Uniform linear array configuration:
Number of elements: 4
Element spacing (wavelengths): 0.75
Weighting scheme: exponential
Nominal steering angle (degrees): -60
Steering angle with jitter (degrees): -61.482
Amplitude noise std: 0.05
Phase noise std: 0.05

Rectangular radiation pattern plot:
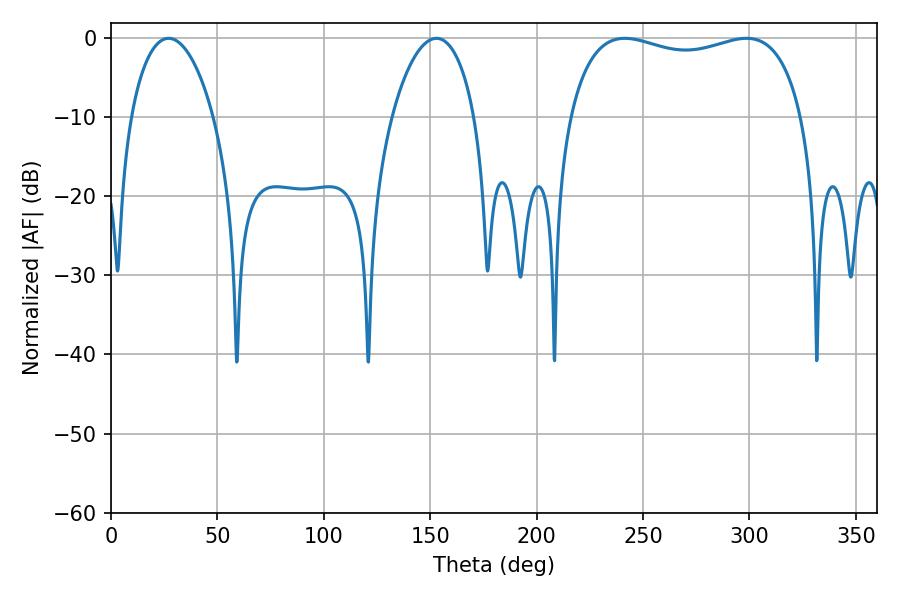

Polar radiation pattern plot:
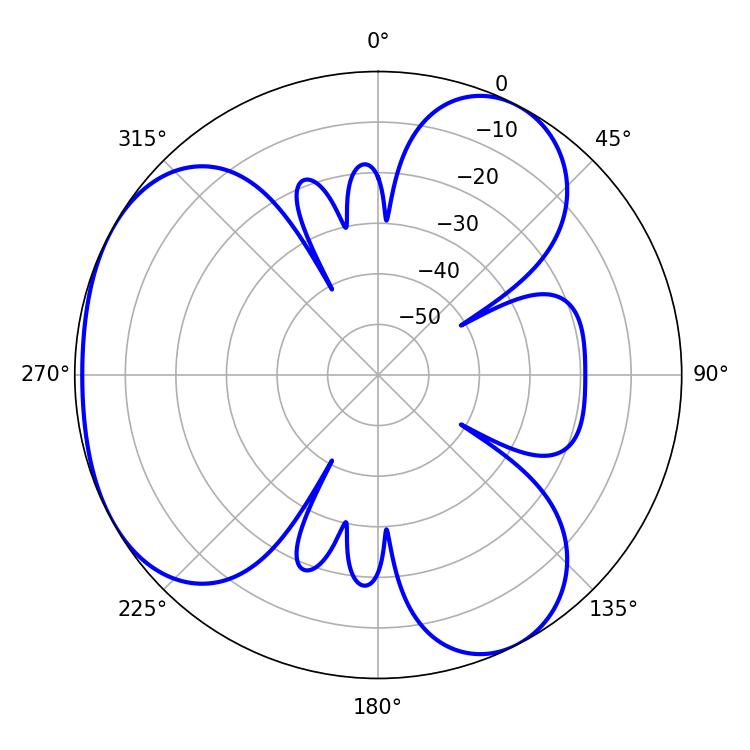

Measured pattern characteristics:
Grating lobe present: TRUE
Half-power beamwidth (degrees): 89.64
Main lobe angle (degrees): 241.38